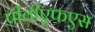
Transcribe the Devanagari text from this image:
पीवीएफएस